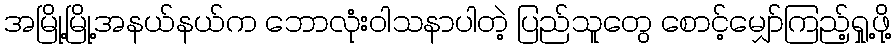
အမြို့မြို့အနယ်နယ်က ဘောလုံးဝါသနာပါတဲ့ ပြည်သူတွေ စောင့်မျှော်ကြည့်ရှု့ဖို့